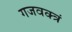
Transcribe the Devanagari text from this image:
गजवक्त्रं